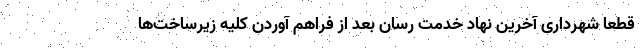
قطعا شهرداری آخرین نهاد خدمت رسان بعد از فراهم آوردن کلیه زیرساخت‌ها